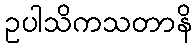
ဥပါသိကသတာနိ